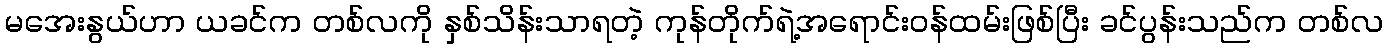
မအေးနွယ်ဟာ ယခင်က တစ်လကို နှစ်သိန်းသာရတဲ့ ကုန်တိုက်ရဲ့အရောင်းဝန်ထမ်းဖြစ်ပြီး ခင်ပွန်းသည်က တစ်လ